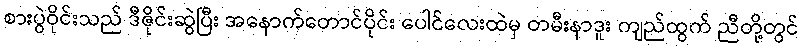
စားပွဲဝိုင်းသည် ဒီဇိုင်းဆွဲပြီး အနောက်တောင်ပိုင်း ပေါင်လေးထဲမှ တမီးနာဒူး ကျည်ထွက် ညီတို့တွင်